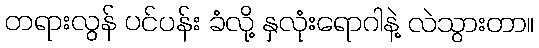
တရားလွန် ပင်ပန်း ခံလို့ နှလုံးရောဂါနဲ့ လဲသွားတာ။